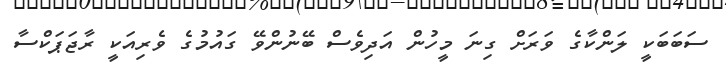
ސަބަބަކީ ލަންކާގެ ވަރަށް ގިނަ މީހުން އަދިވެސް ބޭނުންވޭ ގައުމުގެ ވެރިއަކީ ރާޖަޕަކްސާ